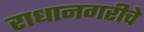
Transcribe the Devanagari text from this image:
राधानगरीचे